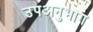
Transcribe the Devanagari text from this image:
उपअनुभाग